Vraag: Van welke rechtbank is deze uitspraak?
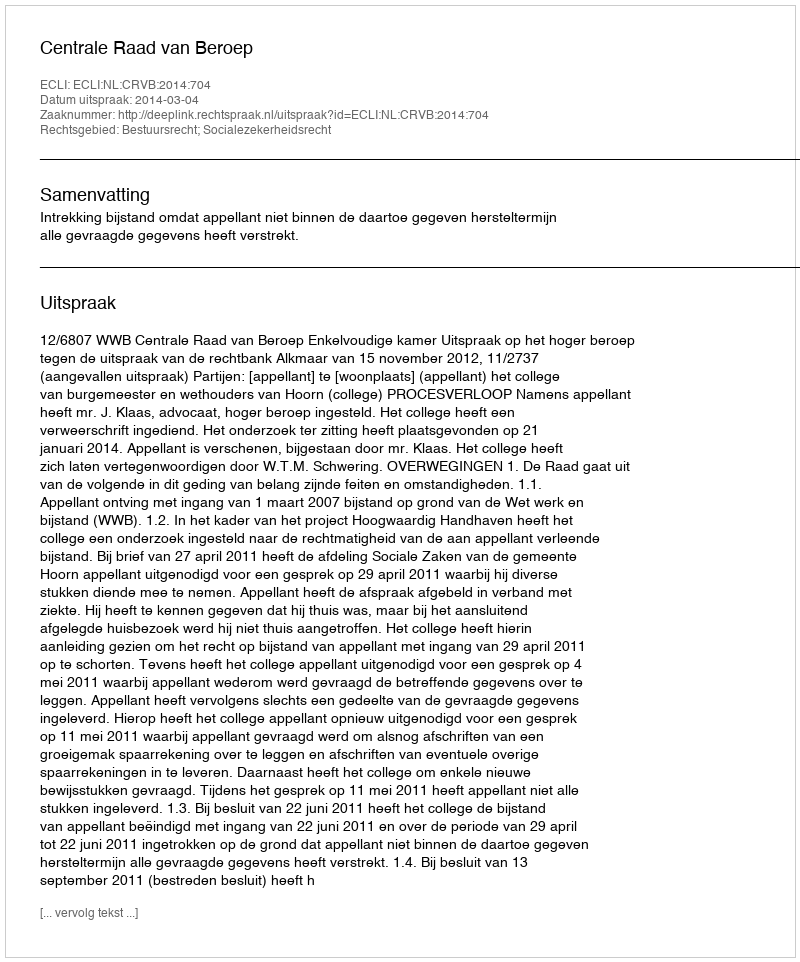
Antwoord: Centrale Raad van Beroep